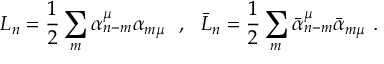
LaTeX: L _ { n } = \frac { 1 } { 2 } \sum _ { m } \alpha _ { n - m } ^ { \mu } \alpha _ { m \mu } \ \ , \ \ \bar { L } _ { n } = \frac { 1 } { 2 } \sum _ { m } \bar { \alpha } _ { n - m } ^ { \mu } \bar { \alpha } _ { m \mu } \ .